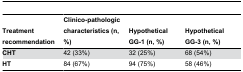
| Treatment recommendation | Clinico-pathologic characteristics (n, %) | Hypothetical GG-1 (n, %) | Hypothetical GG-3 (n, %) |
 | --- | --- | --- | --- |
 | CHT | 42 (33%) | 32 (25%) | 68 (54%) |
 | HT | 84 (67%) | 94 (75%) | 58 (46%) |